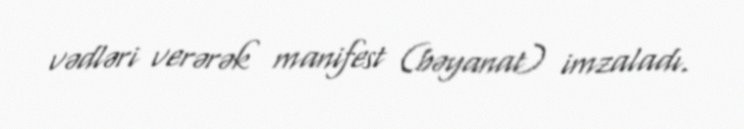
vədləri verərək manifest (bəyanat) imzaladı.